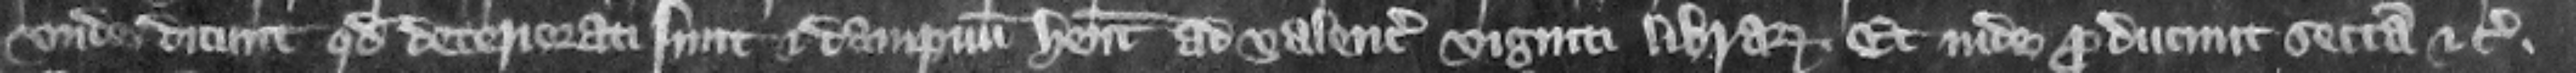
Vnde dicunt quod deteriorati sunt et dampnum habent ad valenciam viginti librarum. Et inde producunt sectam etc.